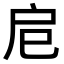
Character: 𢨪